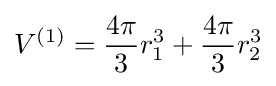
V^{(1)}={\frac {4\pi }{3}}r_{1}^{3}+{\frac {4\pi }{3}}r_{2}^{3}